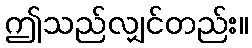
ဤသည်လျှင်တည်း။